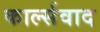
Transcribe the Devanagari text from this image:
कार्ल्सवाद